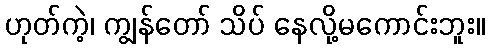
ဟုတ်ကဲ့၊ ကျွန်တော် သိပ် နေလို့မကောင်းဘူး။